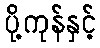
ပို့ကုန်နှင့်